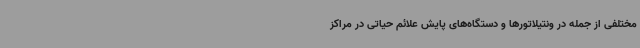
مختلفی از جمله در ونتیلاتورها و دستگاه‌های پایش علائم حیاتی در مراکز